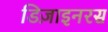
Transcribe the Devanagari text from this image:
डिज़ाइनरस